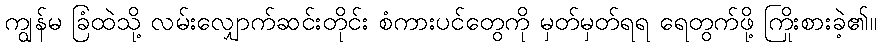
ကျွန်မ ခြံထဲသို့ လမ်းလျှောက်ဆင်းတိုင်း စံကားပင်တွေကို မှတ်မှတ်ရရ ရေတွက်ဖို့ ကြိုးစားခဲ့၏။